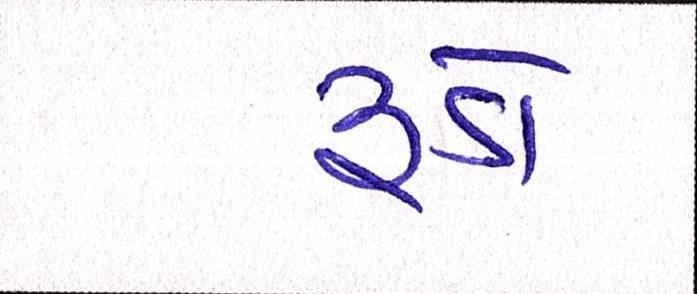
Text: રૂડો